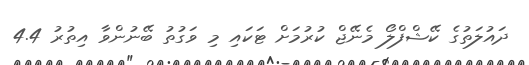
ދައުލަތުގެ ކޭޝްފްލޯ މެނޭޖް ކުރުމަށް ޓަކައި މި ވަގުތު ބޭނުންވާ އިތުރު 4.4